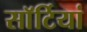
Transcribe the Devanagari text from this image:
साॅर्टियां